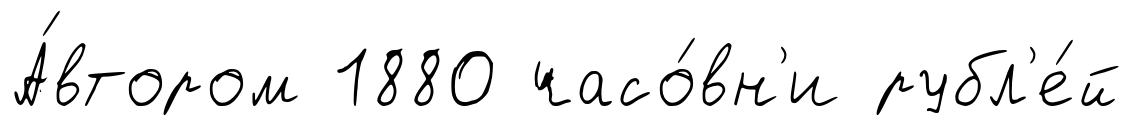
А́втором 1880 часо́вн'и рубл'е́й